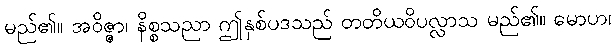
မည်၏။ အဝိဇ္ဇာ၊ နိစ္စသညာ ဤနှစ်ပဒသည် တတိယဝိပလ္လာသ မည်၏။ မောဟ၊